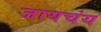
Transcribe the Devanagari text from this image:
जायचंय